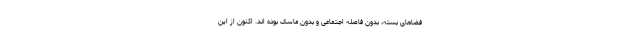
فضاهای بسته، بدون فاصله اجتماعی و بدون ماسک بوده اند. اکنون از این